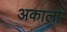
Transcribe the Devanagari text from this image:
अकालो